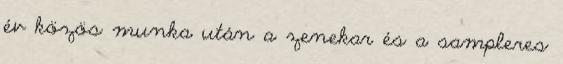
év közös munka után a zenekar és a sampleres